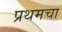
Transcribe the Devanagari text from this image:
प्रथमचा